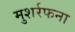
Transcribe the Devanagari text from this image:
मुशर्रफना